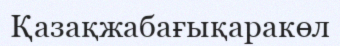
Қазақжабағықаракөл